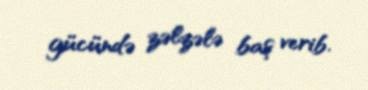
gücündə zəlzələ baş verib.